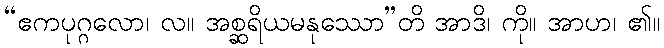
“ဧကပုဂ္ဂလော၊ လ။ အစ္ဆရိယမနုဿော”တိ အာဒိ၊ ကို။ အာဟ၊ ၏။